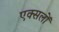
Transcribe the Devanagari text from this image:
एक्सलों